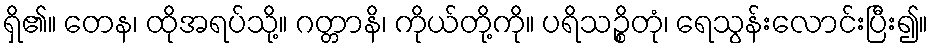
ရှိ၏။ တေန၊ ထိုအရပ်သို့။ ဂတ္တာနိ၊ ကိုယ်တို့ကို။ ပရိသဉ္စိတုံ၊ ရေသွန်းလောင်းပြီး၍။